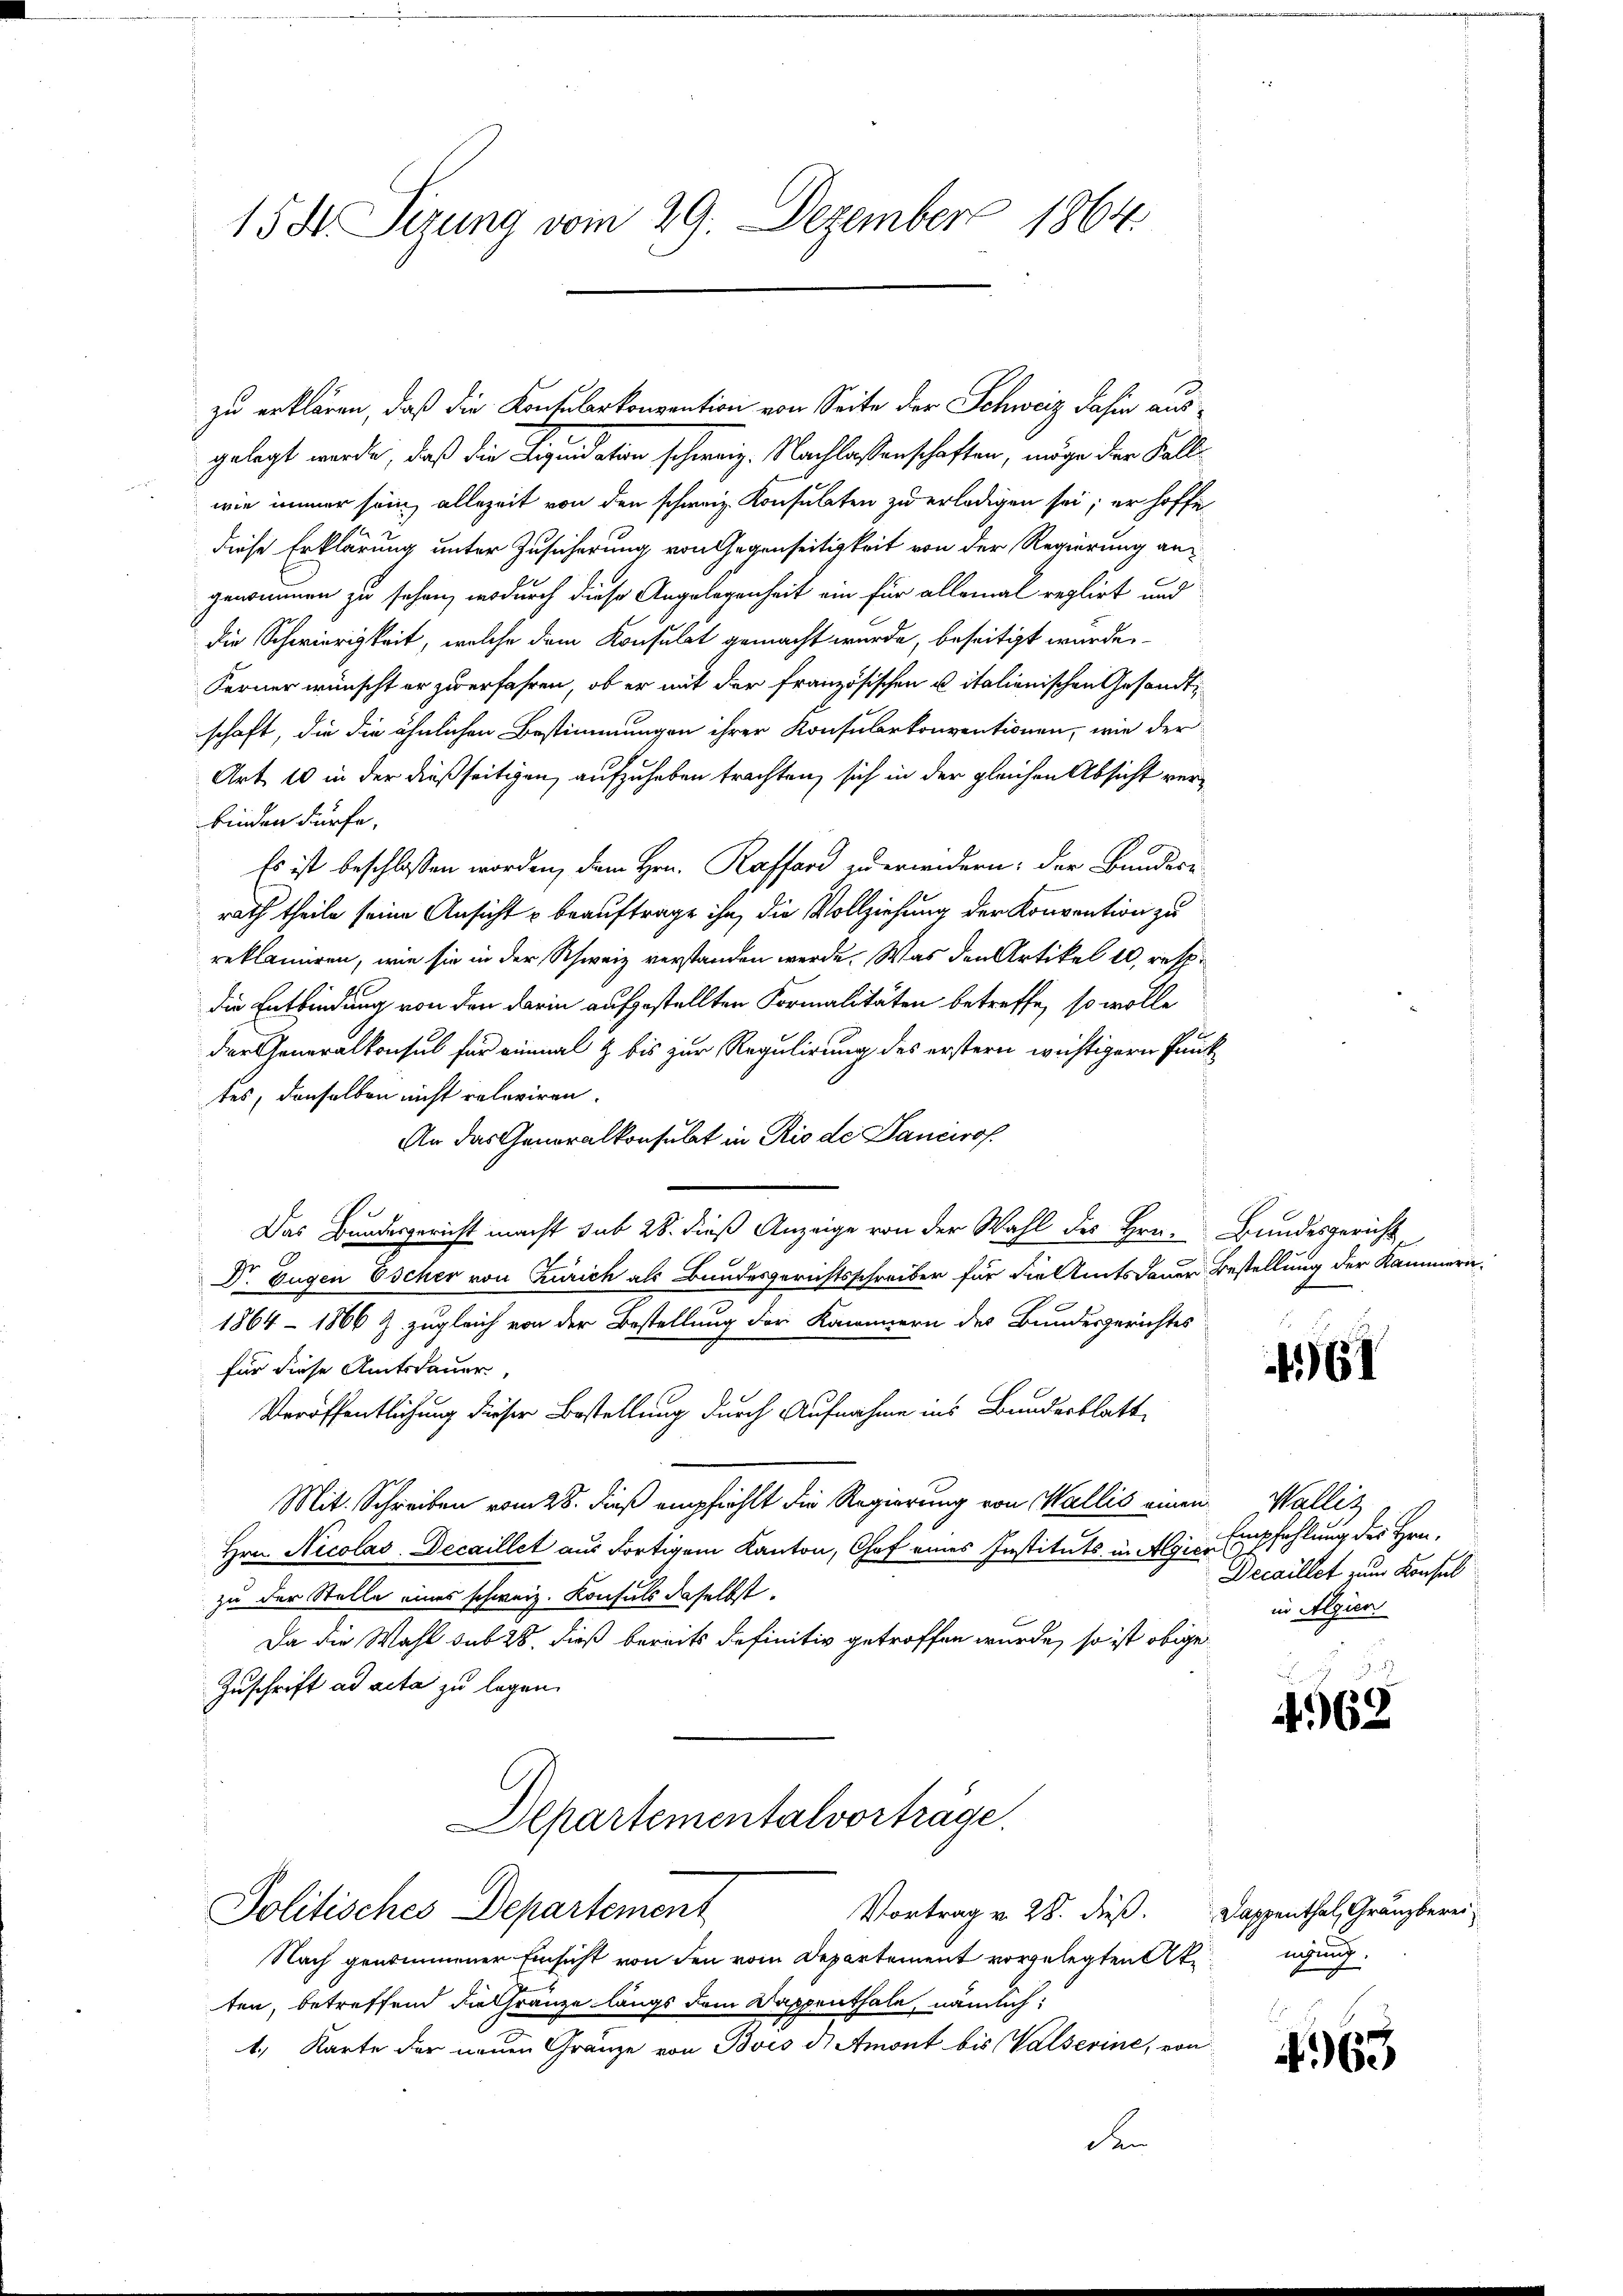
15 St. Sizung vom 29. Dezember 1864.

zu erklären, daß die Konsularkonvention von Seite der Schweiz dahin ausgelegt werde, daß die Liquidation schweiz. Nachlassenschaften, möge der Fallwie immer sein allezeit von den schweiz. Konsulaten zu erledigen sei; er hoffe
diese Erklärung unter Zusicherung von Gegenseitigkeit von der Regierung angenommen zu sehen, wodurch diese Angelegenheit ein für allemal reglirt und
die Schwierigkeit, welche dem Konsulat gemacht wurde, beseitigt wurde,
Ferner wünscht er zuerfahren, ob er mit der französischen u italienischen Gesandtschaft, die die ähnlichen Bestimmungen ihrer Konsularkonventionen, wie der
Art. 10 in der dießseitigen, aufzuheben trachten, sich in der gleichen Absicht verbinden dürfe.
Es ist beschlossen worden, dem Hrn. Raffard zu erwidern: der Bundere
rath theile seine Ansicht u beauftrage ihn, die Vollziehung der Konvention zu
reklamiren, wie sie in der Schweiz verstanden werde. Was den Artikel 10, resp.
die Entbindung von den darin aufgestellten Formalitäten betreffe, so wolle
d
der Generalkonsul für einmal z bis zur Regulirung des erstern wichtigern Pant
tes, denselben nicht relaviren.
An das Generalkonsulat in Rio de Pancirof.
Das Bundesgericht macht sub 28. dieß Anzeige von der Wahl des Hrn. Bundesgericht
Dr. Eugen Escher von Zürich als Bundesgerichtsschreiber für die Amtsdauer Bestellung der Kammern¬
1864 - 1866 & zugleich von der Bestellung der Kammern der Bundesgerichtes
für diese Amtsdauer,
Veröffentlichung dieser Bestellung durch Aufnahme ins Bundesblatt,
Mit. Schreiben vom 28. dieß empfiehlt die Regierung von Wallis einen
Hrn. Nicolas. Decaillet aus dortigem Kanton, Chef eines Instituts in Algien
zu der Stelle eines schweiz. Konsuls daselbst.
Da die Wahl sub 28, dieß bereits definitiv getroffen wurde, so ist obige
Zuschrift ad acta zu legen.
Departementalvorträge.

Politisches Departement

Nach genommener Einsicht von den vom Departement vorgelegten Akten, betreffend die Gränze längs dem Dappenthale, nämlich:
1., Karte der neuen Gränze von Bois d. Amont bis Valserine, von
den

Vortrag v. 28. dieß. Dappenthal, Gränzberei

461

Wallis.
Empfehlung des Hrn.
Decaillet zum Konsul
in Algien

462

meg.

63